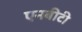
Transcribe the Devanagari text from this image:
एनबीटी